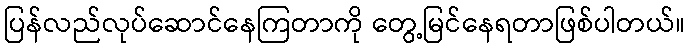
ပြန်လည်လုပ်ဆောင်နေကြတာကို တွေ့မြင်နေရတာဖြစ်ပါတယ်။